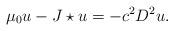
LaTeX: \begin{align*} \mu _ 0 u - J \star u = - c ^ 2 D ^ 2 u .\end{align*}